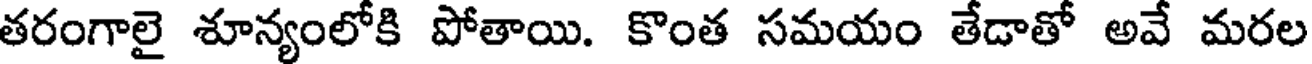
తరంగాలై శూన్యంలోకి పోతాయి. కొంత సమయం తేడాతో అవే మరల